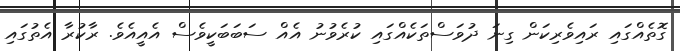
ގޮތެއްގައި ރައިވެރިކަން ގިނަ ދުވަސްތަކެއްގައި ކުރެވުނު އެއް ސަބަބަކީވެސް އެއީއެވެ. ރާކުރާ އެތުގައި